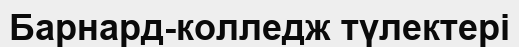
Барнард-колледж түлектері